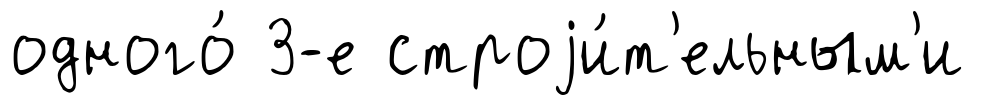
одного́ 3-е строjи́т'ельным'и